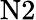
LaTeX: \mathrm{N2}